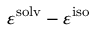
\varepsilon ^ { \mathrm { { s o l v } } } - \varepsilon ^ { \mathrm { { i s o } } }